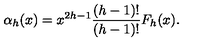
\alpha _ { h } ( x ) = x ^ { 2 h - 1 } { \frac { ( h - 1 ) ! } { ( h - 1 ) ! } } F _ { h } ( x ) .